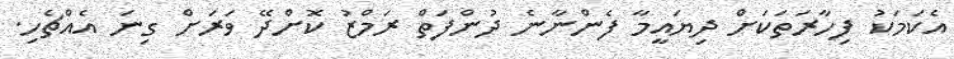
އެކަމަކު ފިހާރަތަކަށް ދިޔައީމާ ފެންނާނެ ދުންފަތް ރަމްޒު ކޮށްދޭ ވަރަށް ގިނަ އެއްޗެހި.